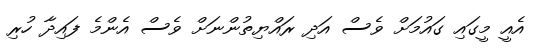
އެއީ މީގައި ގައުމަށް ވެސް އަދި ރައްޔިތުންނަށް ވެސް އެންމެ ފައިދާ ހުރި